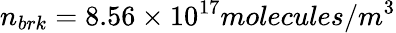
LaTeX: n_{brk}=8.56\times 10^{17}molecules/m^{3}